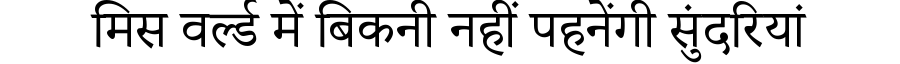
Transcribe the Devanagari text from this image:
मिस वर्ल्ड में बिकनी नहीं पहनेंगी सुंदरियां